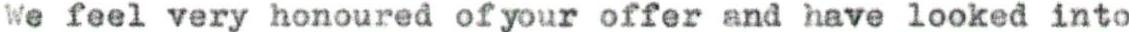
We feel very honoured of your offer and nave looked into